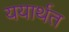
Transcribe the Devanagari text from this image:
ययार्थत